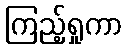
ကြည့်ရှုကာ